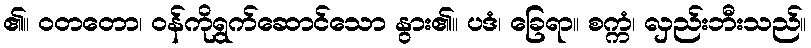
၏။ ဝတတော၊ ဝန်ကိုရွက်ဆောင်သော နွား၏။ ပဒံ၊ ခြေရာ။ စက္ကံ၊ လှည်းဘီးသည်။